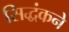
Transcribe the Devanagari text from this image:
सिद्धंकने